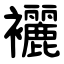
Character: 襹